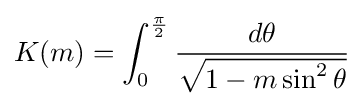
K(m)=\int _{0}^{\frac {\pi }{2}}{\frac {d\theta }{\sqrt {1-m\sin ^{2}\theta }}}